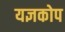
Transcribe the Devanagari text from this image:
यज्ञकोप